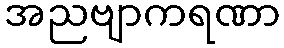
အညဗျာကရဏာ